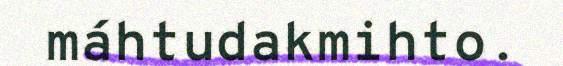
máhtudakmihto.